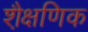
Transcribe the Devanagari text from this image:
शै़क्षणिक